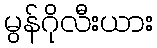
မွန်ဂိုလီးယား